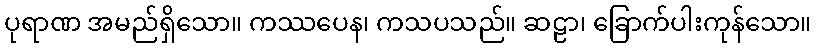
ပုရာဏ အမည်ရှိသော။ ကဿပေန၊ ကသပသည်။ ဆဠာ၊ ခြောက်ပါးကုန်သော။